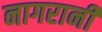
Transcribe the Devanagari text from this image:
नागरानी